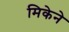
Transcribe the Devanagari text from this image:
मिकेने